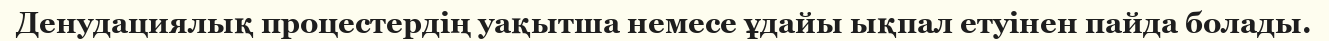
Денудациялық процестердің уақытша немесе ұдайы ықпал етуінен пайда болады.